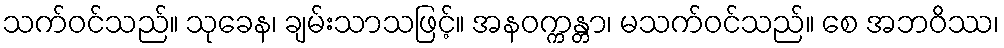
သက်ဝင်သည်။ သုခေန၊ ချမ်းသာသဖြင့်။ အနဝက္ကန္တာ၊ မသက်ဝင်သည်။ စေ အဘဝိဿ၊